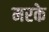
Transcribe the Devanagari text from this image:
मरके